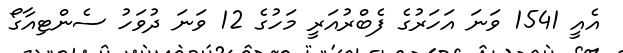
އެއީ 1541 ވަނަ އަހަރުގެ ފެބްރުއަރީ މަހުގެ 12 ވަނަ ދުވަހު ސެންޓިއާގޯ